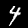
Digit: 4